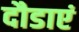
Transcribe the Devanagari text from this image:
दौडाएं